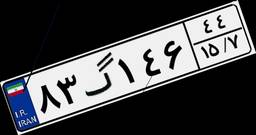
۱۹گ۸۵۲۱۸